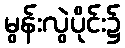
မွန်းလွဲပိုင်း၌